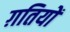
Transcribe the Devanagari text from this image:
ग़तियों